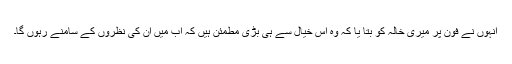
انہوں نے فون پر میری خالہ کو بتا یا کہ وہ اس خیال سے ہی بڑی مطمئن ہیں کہ اب میں ان کی نظروں کے سامنے رہوں گا۔